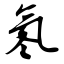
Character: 氡